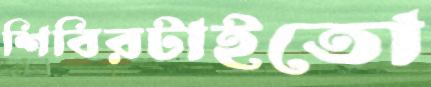
শিবিরটাইতো